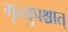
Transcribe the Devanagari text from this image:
मृत्युपश्चात्